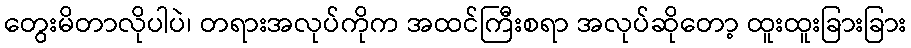
တွေးမိတာလိုပါပဲ၊ တရားအလုပ်ကိုက အထင်ကြီးစရာ အလုပ်ဆိုတော့ ထူးထူးခြားခြား